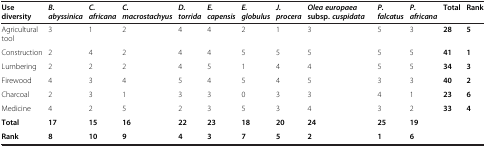
<table><thead><tr><td><b>Use diversity</b></td><td><b><i>B.abyssinica</i></b></td><td><b><i>C.africana</i></b></td><td><b><i>C.macrostachyus</i></b></td><td><b><i>D. torrida</i></b></td><td><b><i>E.capensis</i></b></td><td><b><i>E.globulus</i></b></td><td><b><i>J.procera</i></b></td><td><b><i>Olea europaea </i>subsp. <i>cuspidata</i></b></td><td><b><i>P.falcatus</i></b></td><td><b><i>P.africana</i></b></td><td><b>Total</b></td><td><b>Rank</b></td></tr></thead><tbody><tr><td>Agricultural tool</td><td>3</td><td>1</td><td>2</td><td>4</td><td>4</td><td>2</td><td>1</td><td>3</td><td>5</td><td>3</td><td><b>28</b></td><td><b>5</b></td></tr><tr><td>Construction</td><td>2</td><td>4</td><td>2</td><td>4</td><td>4</td><td>5</td><td>5</td><td>5</td><td>5</td><td>5</td><td><b>41</b></td><td><b>1</b></td></tr><tr><td>Lumbering</td><td>2</td><td>2</td><td>2</td><td>4</td><td>5</td><td>1</td><td>4</td><td>4</td><td>5</td><td>5</td><td><b>34</b></td><td><b>3</b></td></tr><tr><td>Firewood</td><td>4</td><td>3</td><td>4</td><td>5</td><td>4</td><td>5</td><td>4</td><td>5</td><td>3</td><td>3</td><td><b>40</b></td><td><b>2</b></td></tr><tr><td>Charcoal</td><td>2</td><td>3</td><td>1</td><td>3</td><td>3</td><td>0</td><td>3</td><td>3</td><td>4</td><td>1</td><td><b>23</b></td><td><b>6</b></td></tr><tr><td>Medicine</td><td>4</td><td>2</td><td>5</td><td>2</td><td>3</td><td>5</td><td>3</td><td>4</td><td>3</td><td>2</td><td><b>33</b></td><td><b>4</b></td></tr><tr><td><b>Total</b></td><td><b>17</b></td><td><b>15</b></td><td><b>16</b></td><td><b>22</b></td><td><b>23</b></td><td><b>18</b></td><td><b>20</b></td><td><b>24</b></td><td><b>25</b></td><td><b>19</b></td><td colspan="2"> </td></tr><tr><td><b>Rank</b></td><td><b>8</b></td><td><b>10</b></td><td><b>9</b></td><td><b>4</b></td><td><b>3</b></td><td><b>7</b></td><td><b>5</b></td><td><b>2</b></td><td><b>1</b></td><td><b>6</b></td><td colspan="2"> </td></tr></tbody></table>